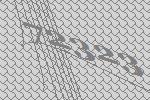
72323